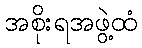
အစိုးရအဖွဲ့ထံ